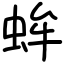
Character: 蛑